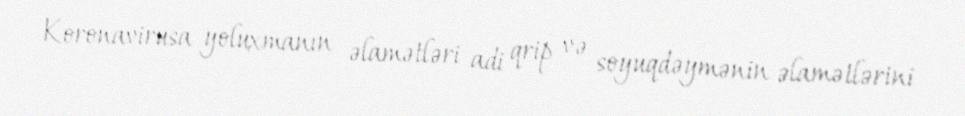
Koronavirusa yoluxmanın əlamətləri adi qrip və soyuqdəymənin əlamətlərini